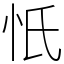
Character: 忯